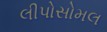
લીપોસોમલ